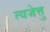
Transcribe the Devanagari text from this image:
त्यजेत्तु